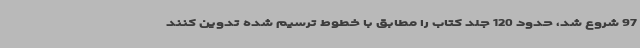
97 شروع شد، حدود 120 جلد کتاب را مطابق با خطوط ترسیم شده تدوین کنند